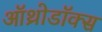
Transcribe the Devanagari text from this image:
ऑथ्रोडॉक्स